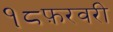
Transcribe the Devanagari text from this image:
१८फ़रवरी